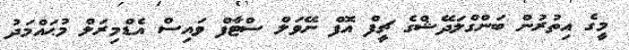
މީގެ އިތުރުން ބަންގްލަދޭޝްގެ ޗީފް އޮފް ނޭވަލް ސްޓާފް ވައިސް އެޑްމިރަލް މުޙައްމަދު